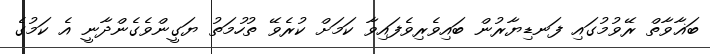
ބަޣާވާތް ރޭވުމުގައި ފަނޑިޔާރުން ބައިވެރިވެފައިވާ ކަމަށް ކުރެވޭ ތުހުމަތު ޔަގީންވެގެންދާނީ އެ ކަމުގެ